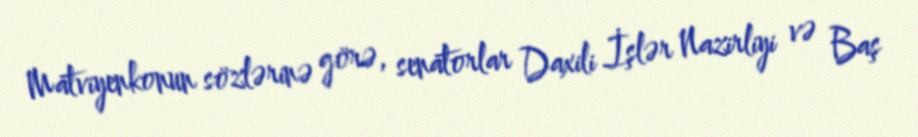
Matviyenkonun sözlərinə görə, senatorlar Daxili İşlər Nazirliyi və Baş